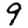
Digit: 9